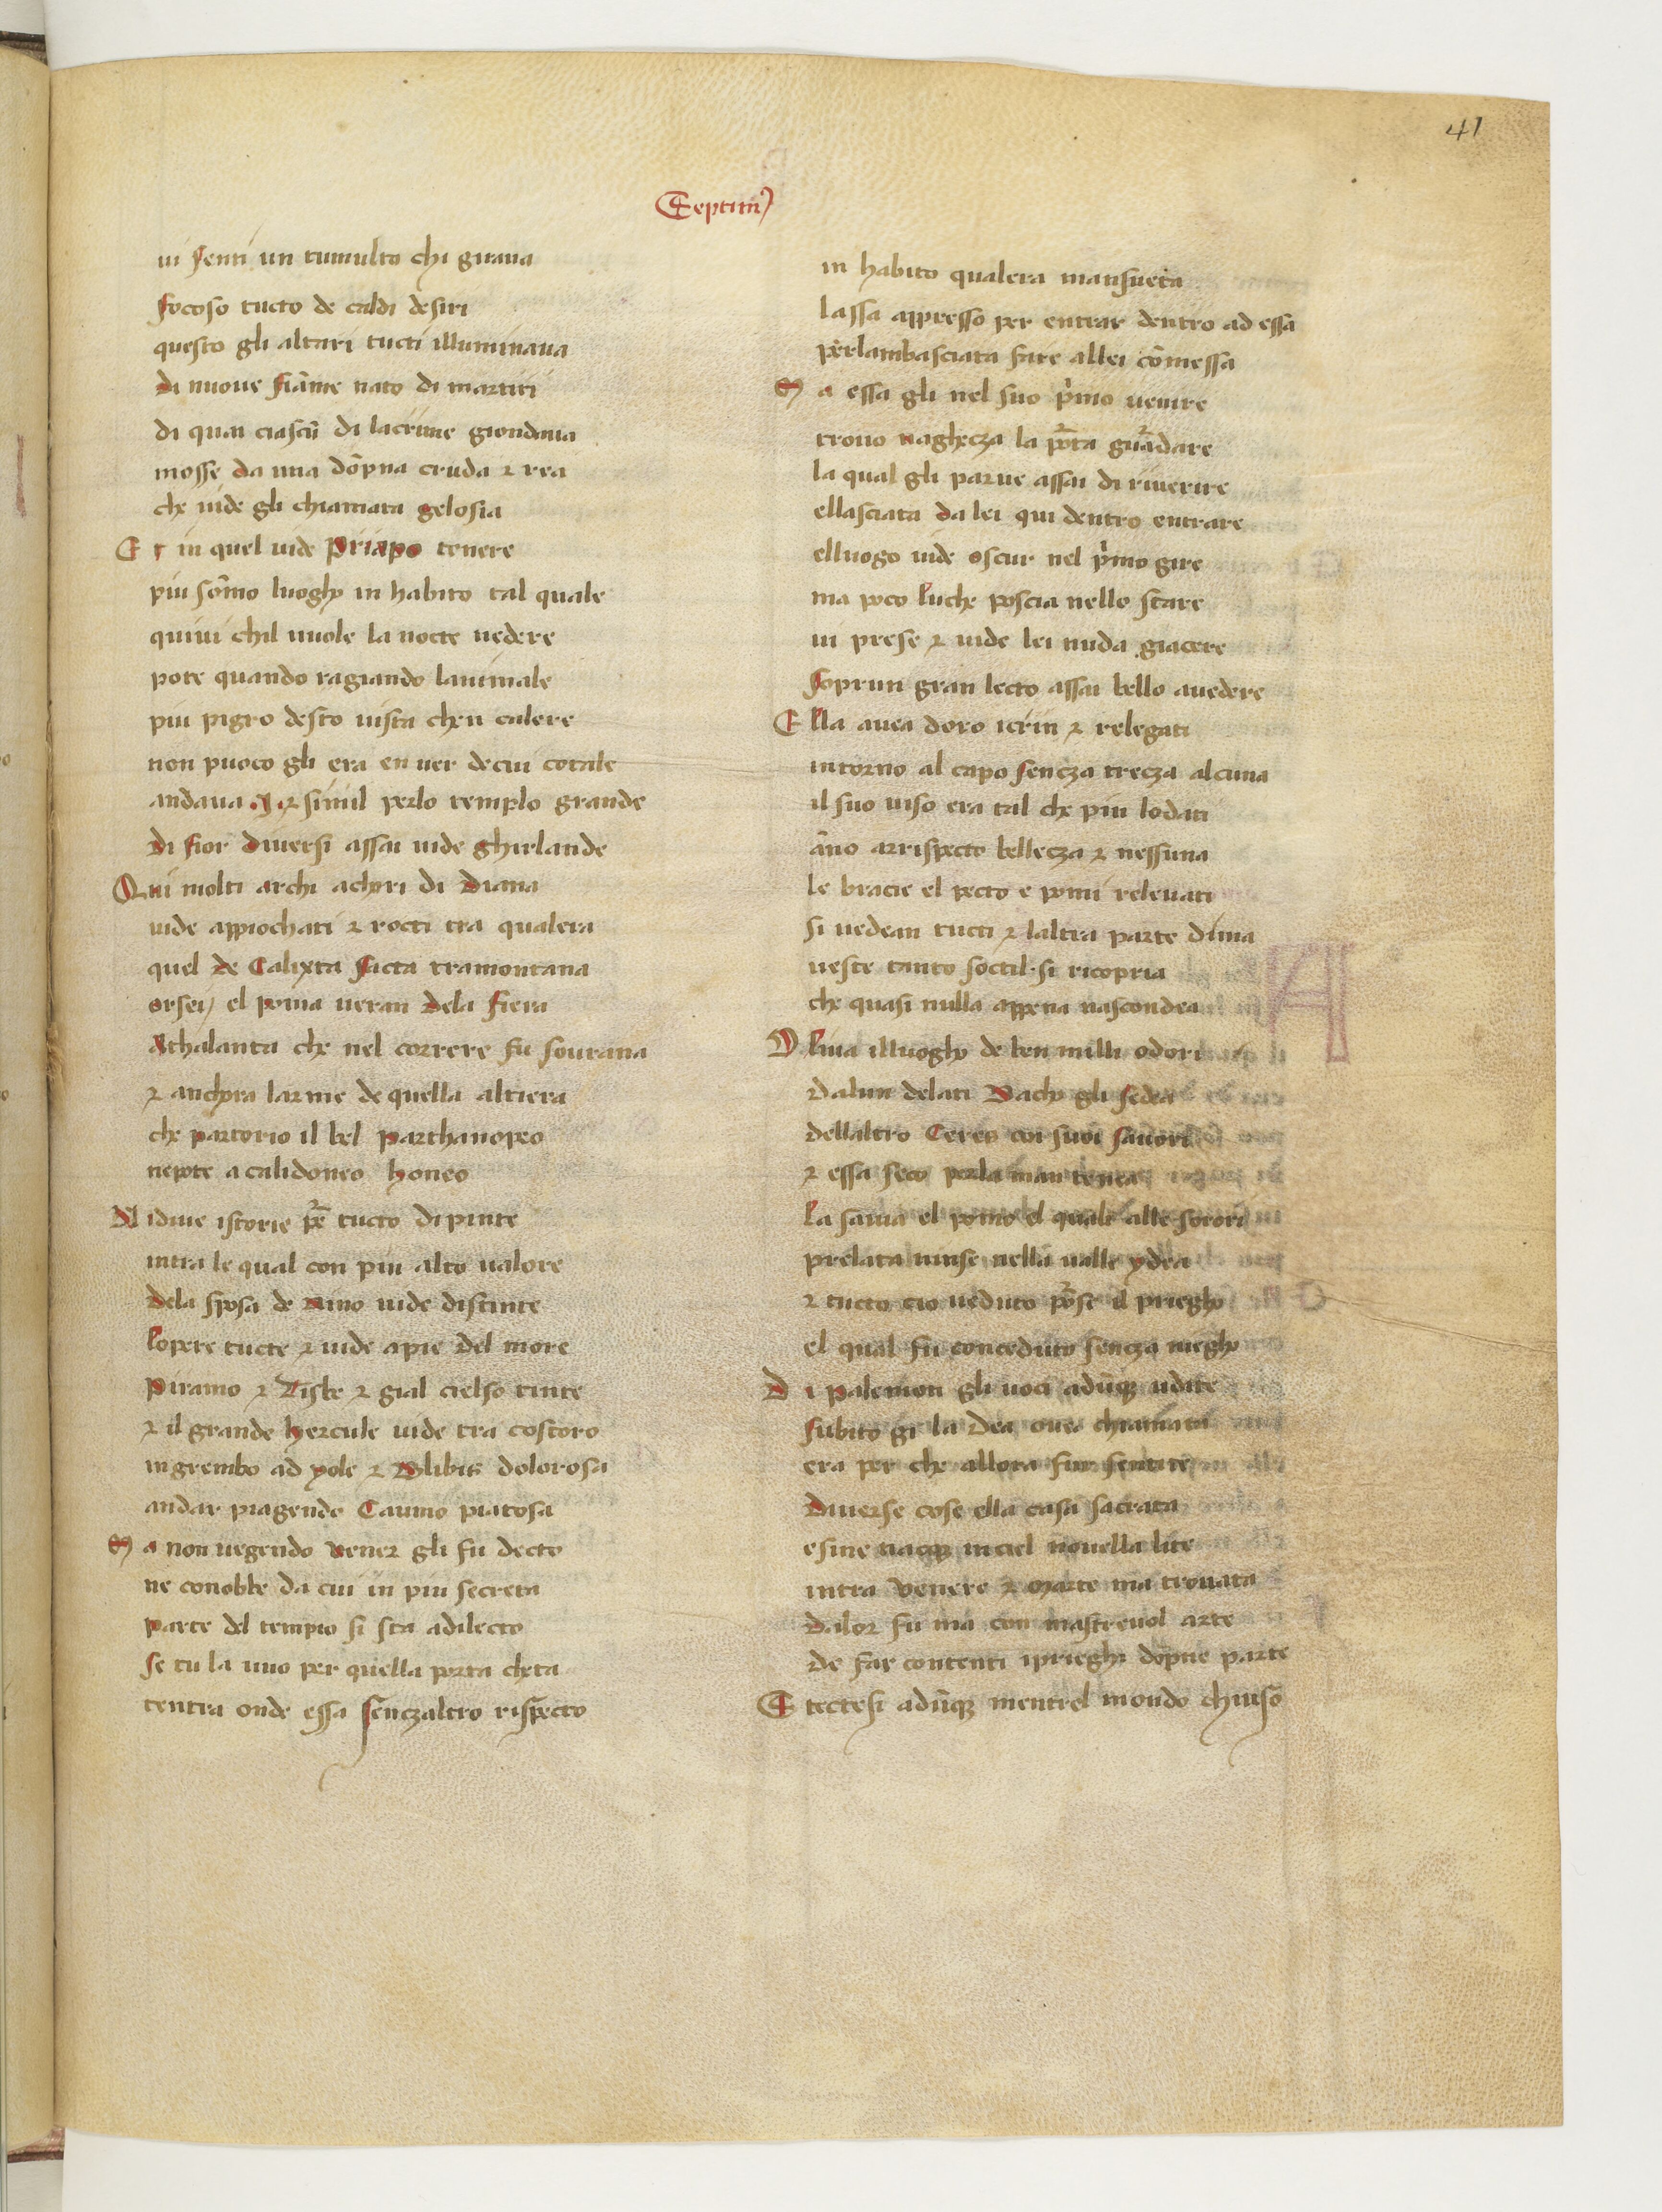
Shelfmark: Paris, BnF, ita. 583
Century: 15